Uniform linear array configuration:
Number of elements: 12
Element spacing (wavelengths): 1
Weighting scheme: binomial
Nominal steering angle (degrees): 60
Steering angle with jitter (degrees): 60.143
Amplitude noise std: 0.05
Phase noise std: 0.05

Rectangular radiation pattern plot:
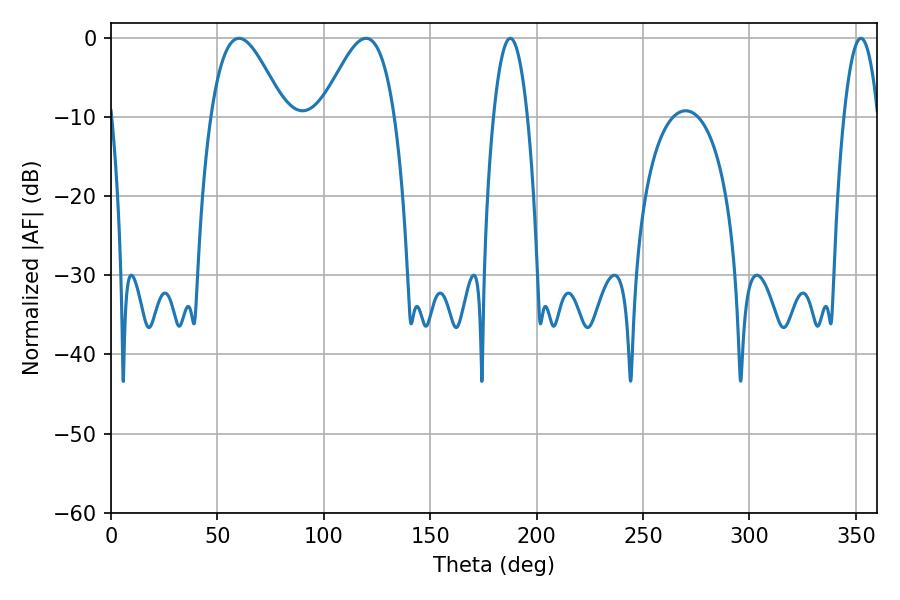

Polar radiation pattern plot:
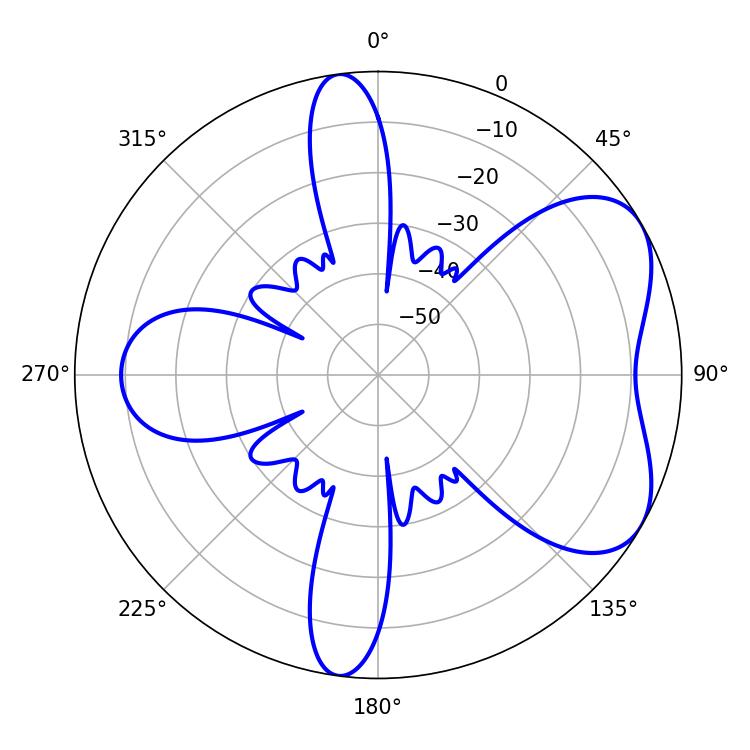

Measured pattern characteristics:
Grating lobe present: TRUE
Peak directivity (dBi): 5.529
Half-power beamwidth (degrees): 18.54
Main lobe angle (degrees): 60.12